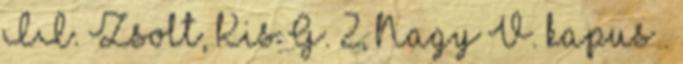
II. Zsolt, Kis G. 2, Nagy V. kapus .